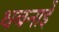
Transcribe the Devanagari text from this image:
धबनाईे